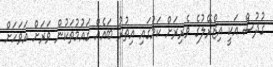
ގުދުސް އަކީ އިޒްރޭލުގެ ވެރިރަށް ކަމުގައި އިތުރު ބައެއް ގައުމުތަކުން ވަރަށް އަވަހަށް